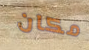
مكان